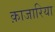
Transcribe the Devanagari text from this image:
क़ाजारिया